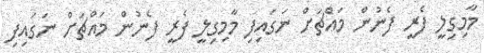
މާމިގިލީ ފެރީ ފެނުން މައްޗަށް ނަގައިފި މާމިގިލީ ފެރީ ފެނުން މައްޗަށް ނަގައިފި